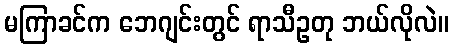
မကြာခင်က ဘေဂျင်းတွင် ရာသီဥတု ဘယ်လိုလဲ။